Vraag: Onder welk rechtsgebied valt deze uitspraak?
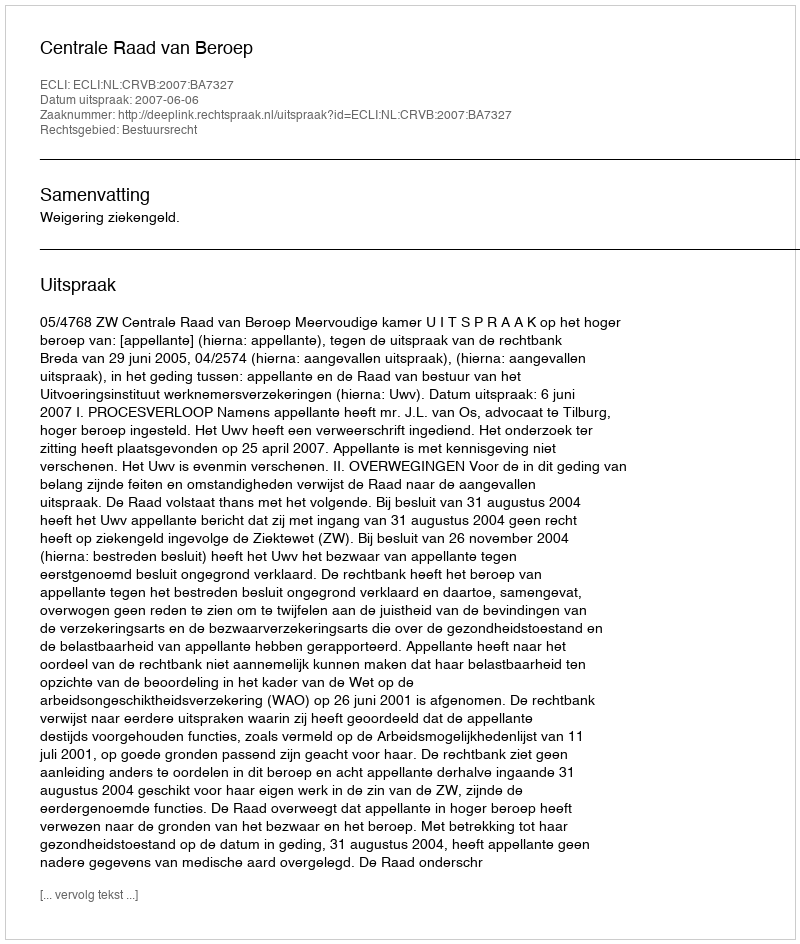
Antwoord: Bestuursrecht